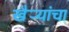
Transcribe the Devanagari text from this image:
खैर्‍यांचा